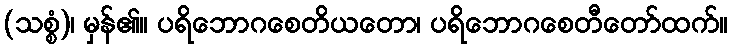
(သစ္စံ)၊ မှန်၏။ ပရိဘောဂစေတိယတော၊ ပရိဘောဂစေတီတော်ထက်။